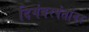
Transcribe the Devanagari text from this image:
दिगंबरपंतांवर